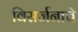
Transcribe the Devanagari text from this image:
विसर्जनाचे